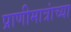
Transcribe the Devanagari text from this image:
प्राणीमात्रांच्या